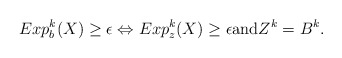
\begin{align*}Exp_b^k(X) \geq \epsilon \Leftrightarrow Exp_z^k(X) \geq \epsilon \mbox{and} Z^k = B^k. \end{align*}